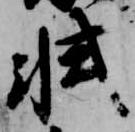
軾